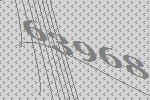
63968